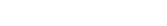
٢٧